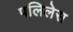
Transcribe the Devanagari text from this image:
पलिलेस